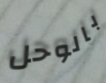
بالوحل